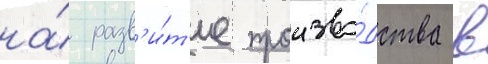
на́ разв'и́т'ие произво́дства в